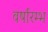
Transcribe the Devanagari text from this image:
वर्षारम्भ